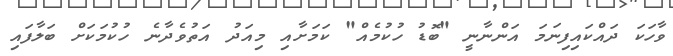
ވާހަކަ ދައްކައިފިނަމަ އަންނާނީ "ބޮޑު ހުކުމެއް" ކަމަށާއި މިއަދު އަތުވެދާނެ ހުކުމަކަށް ބަލާފައި